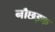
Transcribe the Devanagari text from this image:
नौछड़क